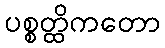
ပစ္စတ္ထိကတော